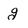
Character: g